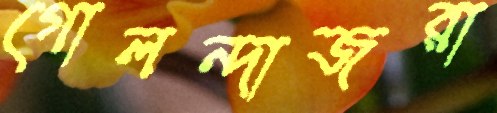
গোলন্দাজরা